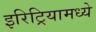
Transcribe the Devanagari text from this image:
इरिट्रियामध्ये